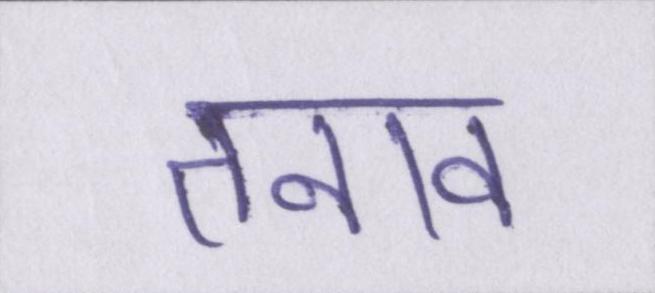
तनाव